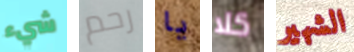
شيء رحم يا كلا الشهير